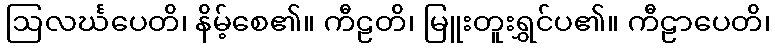
ဩလင်္ဃပေတိ၊ နိမ့်စေ၏။ ကီဠတိ၊ မြူးတူးရွှင်ပ၏။ ကီဠာပေတိ၊